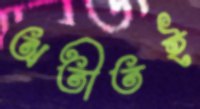
অতীতই